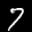
Label: 7